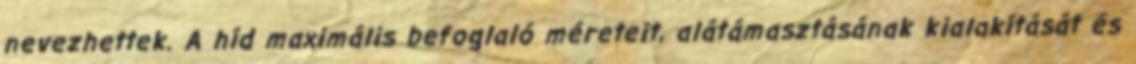
nevezhettek. A híd maximális befoglaló méreteit, alátámasztásának kialakítását és